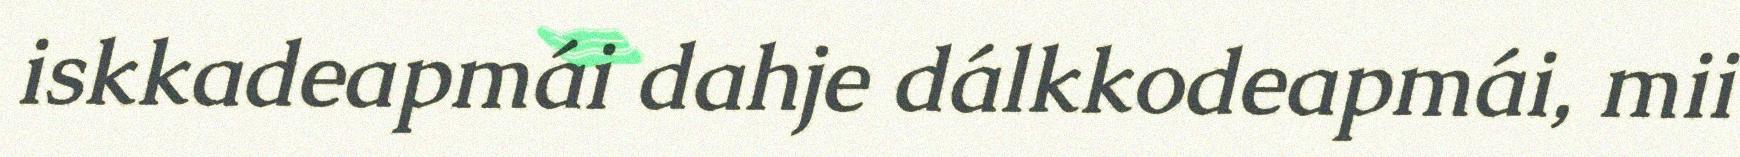
iskkadeapmái dahje dálkkodeapmái, mii